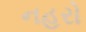
નહરો